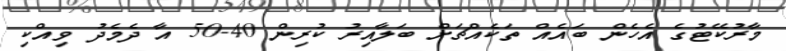
މާރުކޭޓުގެ އެހެން ބައެއް ތަކެއްޗަށް ބަލާއިރު ކުރިން 40-50 އާ ދެމެދު ވިއްކި